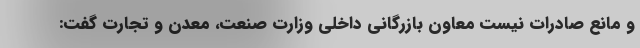
و مانع صادرات نیست معاون بازرگانی داخلی وزارت صنعت، معدن و تجارت گفت: